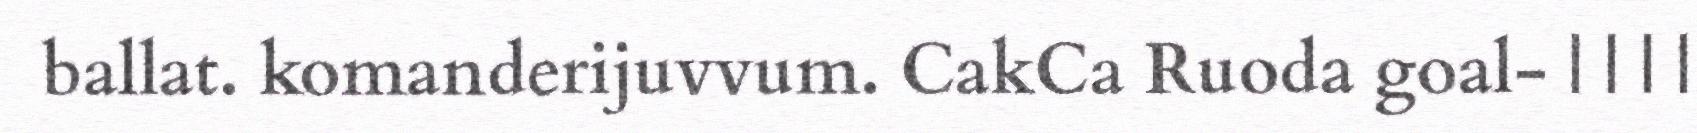
ballat. komanderijuvvum. CakCa Ruoda goal- | | | |